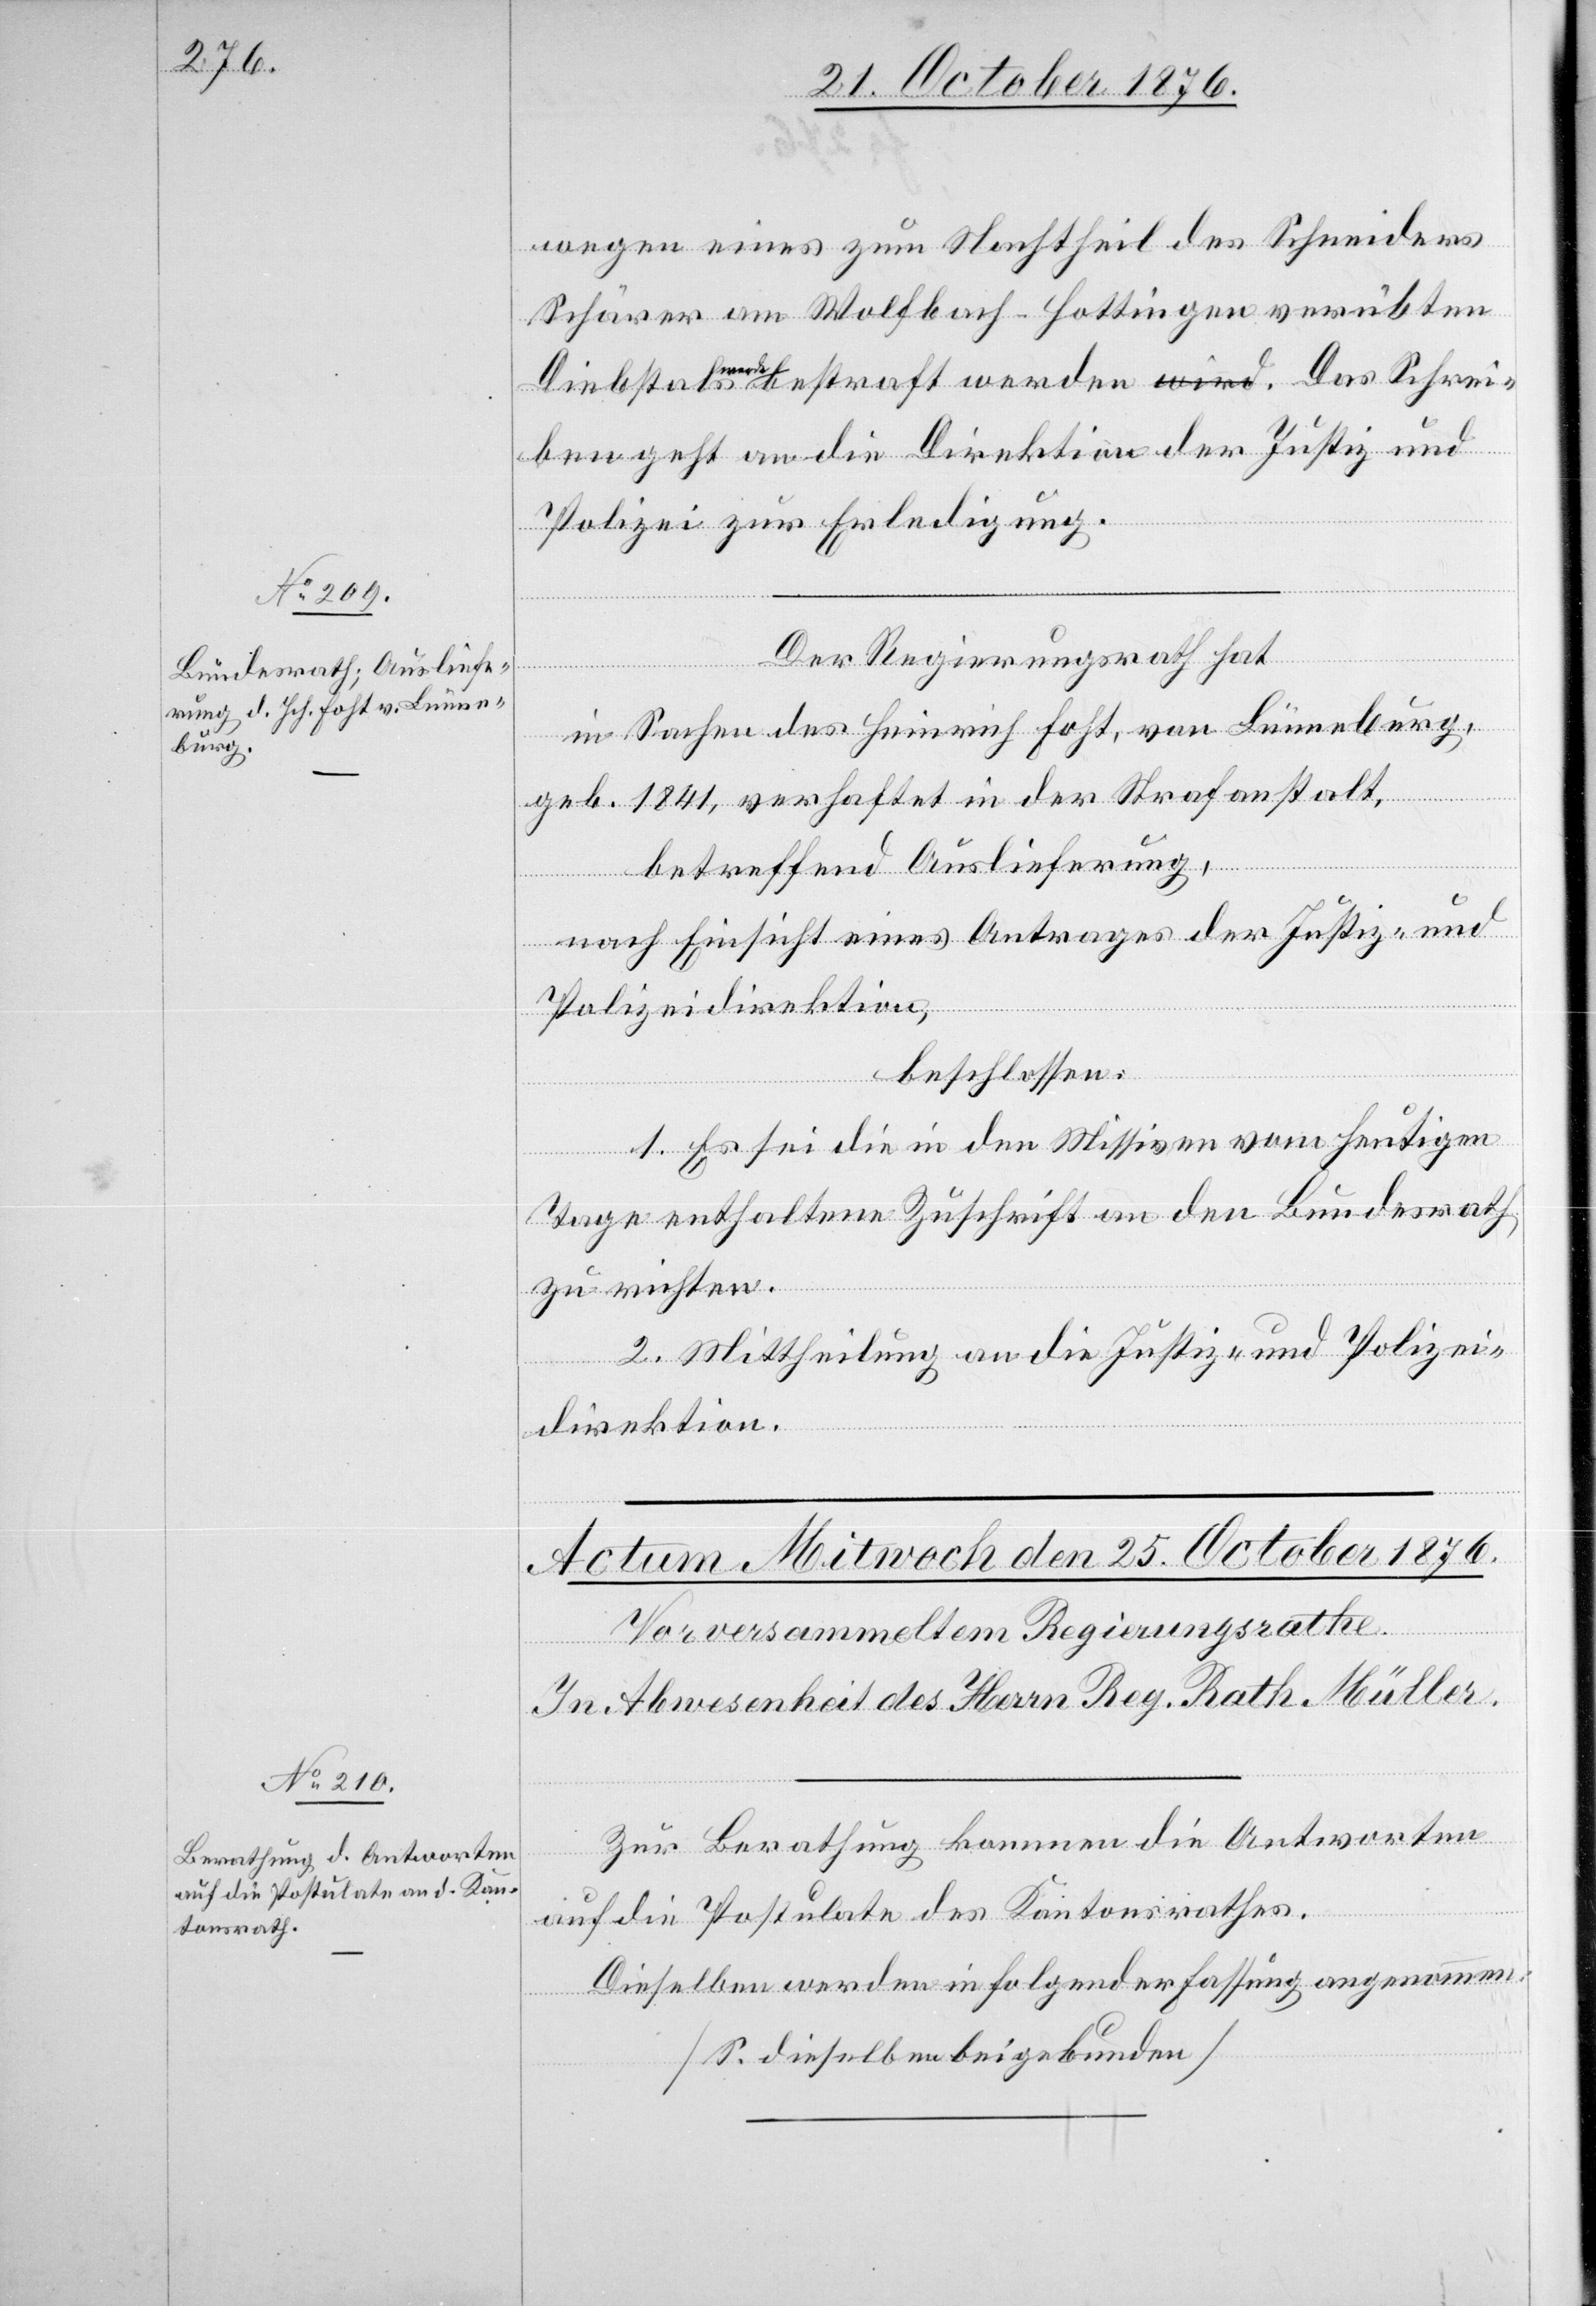
21. October 1876.]
wegen eines zum Nachtheil des Schneiders
Schärer am Wolfbach Hottingen verübten
ben geht an die Direktion der Justiz und
Polizei zur Erledigung.
Der Regierungsrath hat
in Sachen des Heinrich Foht, von Lünneburg,
geb. 1841, verhaftet in der Strafanstalt,
betreffend Auslieferung,
nach Einsicht eines Antrages der Justiz- und
Polizeidirektion,
beschlossen:
1. Es sei die in den Missiven vom heutigen
ei¬
Tage enthaltene Zuschrift an den Bundesrath
zu richten.
2. Mittheilung an die Justiz- und Polizei¬
direktion.
Zur Berathung kommen die Antworten
auf die Postulate des Kantonsrathes.
Dieselben werden in folgender Fassung angenommen:
[S. dieselben beigebunden]